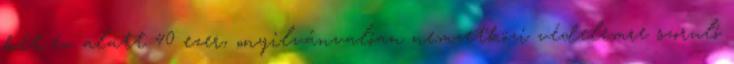
két év alatt 40 ezer, „nyilvánvalóan nemzetközi védelemre szoruló